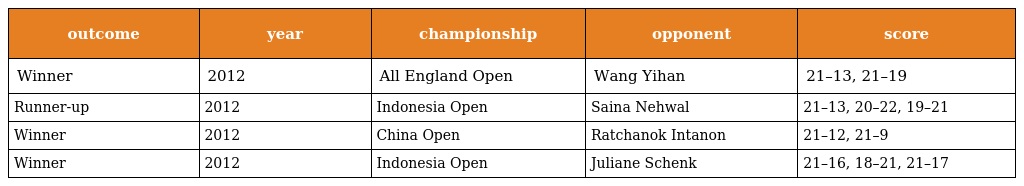
| outcome | year | championship | opponent | score |
 | --- | --- | --- | --- | --- |
 | Winner | 2012 | All England Open | Wang Yihan | 21–13, 21–19 |
 | Runner-up | 2012 | Indonesia Open | Saina Nehwal | 21–13, 20–22, 19–21 |
 | Winner | 2012 | China Open | Ratchanok Intanon | 21–12, 21–9 |
 | Winner | 2012 | Indonesia Open | Juliane Schenk | 21–16, 18–21, 21–17 |